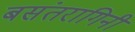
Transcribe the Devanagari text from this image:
बसंतरागिनी